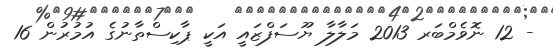
- 12 ނޮވެމްބަރ 2013 މަލާލާ ޔޫސަފްޒައީ އަކީ ޕާކިސްތާނުގެ އުމުރުން 16